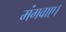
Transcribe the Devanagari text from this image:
मंगवाए।